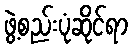
ဖွဲ့စည်းပုံဆိုင်ရာ